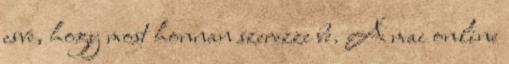
esve, hogy most honnan szerezze be. A mai online